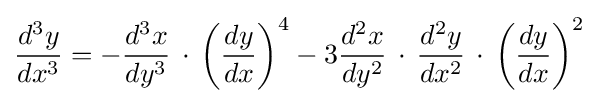
{\frac {d^{3}y}{dx^{3}}}=-{\frac {d^{3}x}{dy^{3}}}\,\cdot \,\left({\frac {dy}{dx}}\right)^{4}-3{\frac {d^{2}x}{dy^{2}}}\,\cdot \,{\frac {d^{2}y}{dx^{2}}}\,\cdot \,\left({\frac {dy}{dx}}\right)^{2}